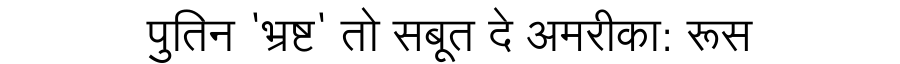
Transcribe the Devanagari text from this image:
पुतिन 'भ्रष्ट' तो सबूत दे अमरीका: रूस